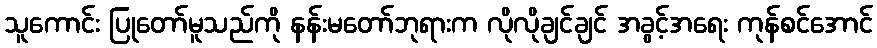
သူကောင်း ပြုတော်မူသည်ကို နန်းမတော်ဘုရားက လိုလိုချင်ချင် အခွင့်အရေး ကုန်စင်အောင်